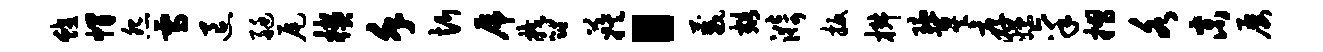
蛟帽怨雪退艇尾楔堇忻虎郁蔟“葳豁漪扳椒琉冀厚嫖禀摺各末屡